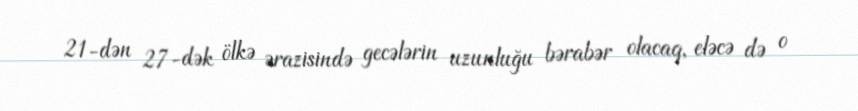
21-dən 27-dək ölkə ərazisində gecələrin uzunluğu bərabər olacaq, eləcə də o